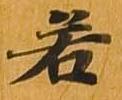
若